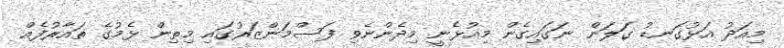
މިއަދު އަޅުގަނޑު ގަލަން ނަގައިގެން މިއުޅެނީ މިދެންނެވި ފަސްމަންޒަރުގައި މިތިން ޅެމުގެ ތައާރުފެއް